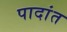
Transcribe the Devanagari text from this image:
पादांत